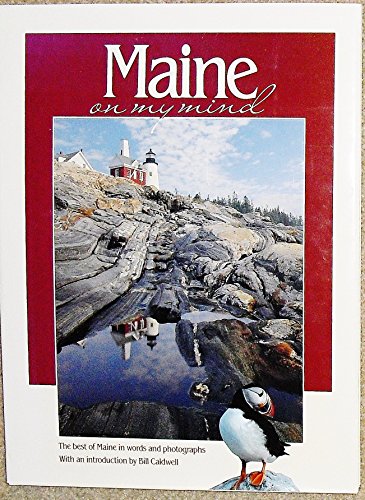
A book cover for Maine on My Mind (On My Mind Series); Bill Caldwell; Travel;